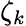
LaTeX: \zeta_{k}